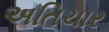
અતિચાર